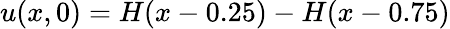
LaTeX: u(x,0)=H(x-0.25)-H(x-0.75)